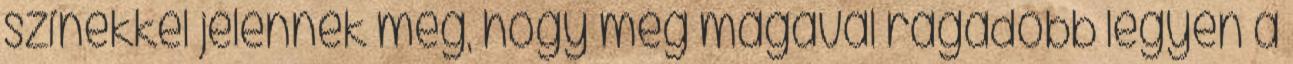
színekkel jelennek meg, hogy még magával ragadóbb legyen a